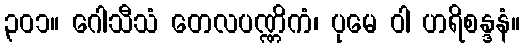
၃၀၁။ ဂေါသီသံ တေလပဏ္ဏိကံ၊ ပုမေ ဝါ ဟရိစန္ဒနံ။